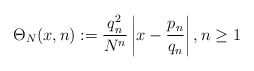
\begin{align*}\Theta_N(x,n):= \frac{q_n^2}{N^n} \left|x-\frac{p_n}{q_n}\right|, n \geq 1 \end{align*}